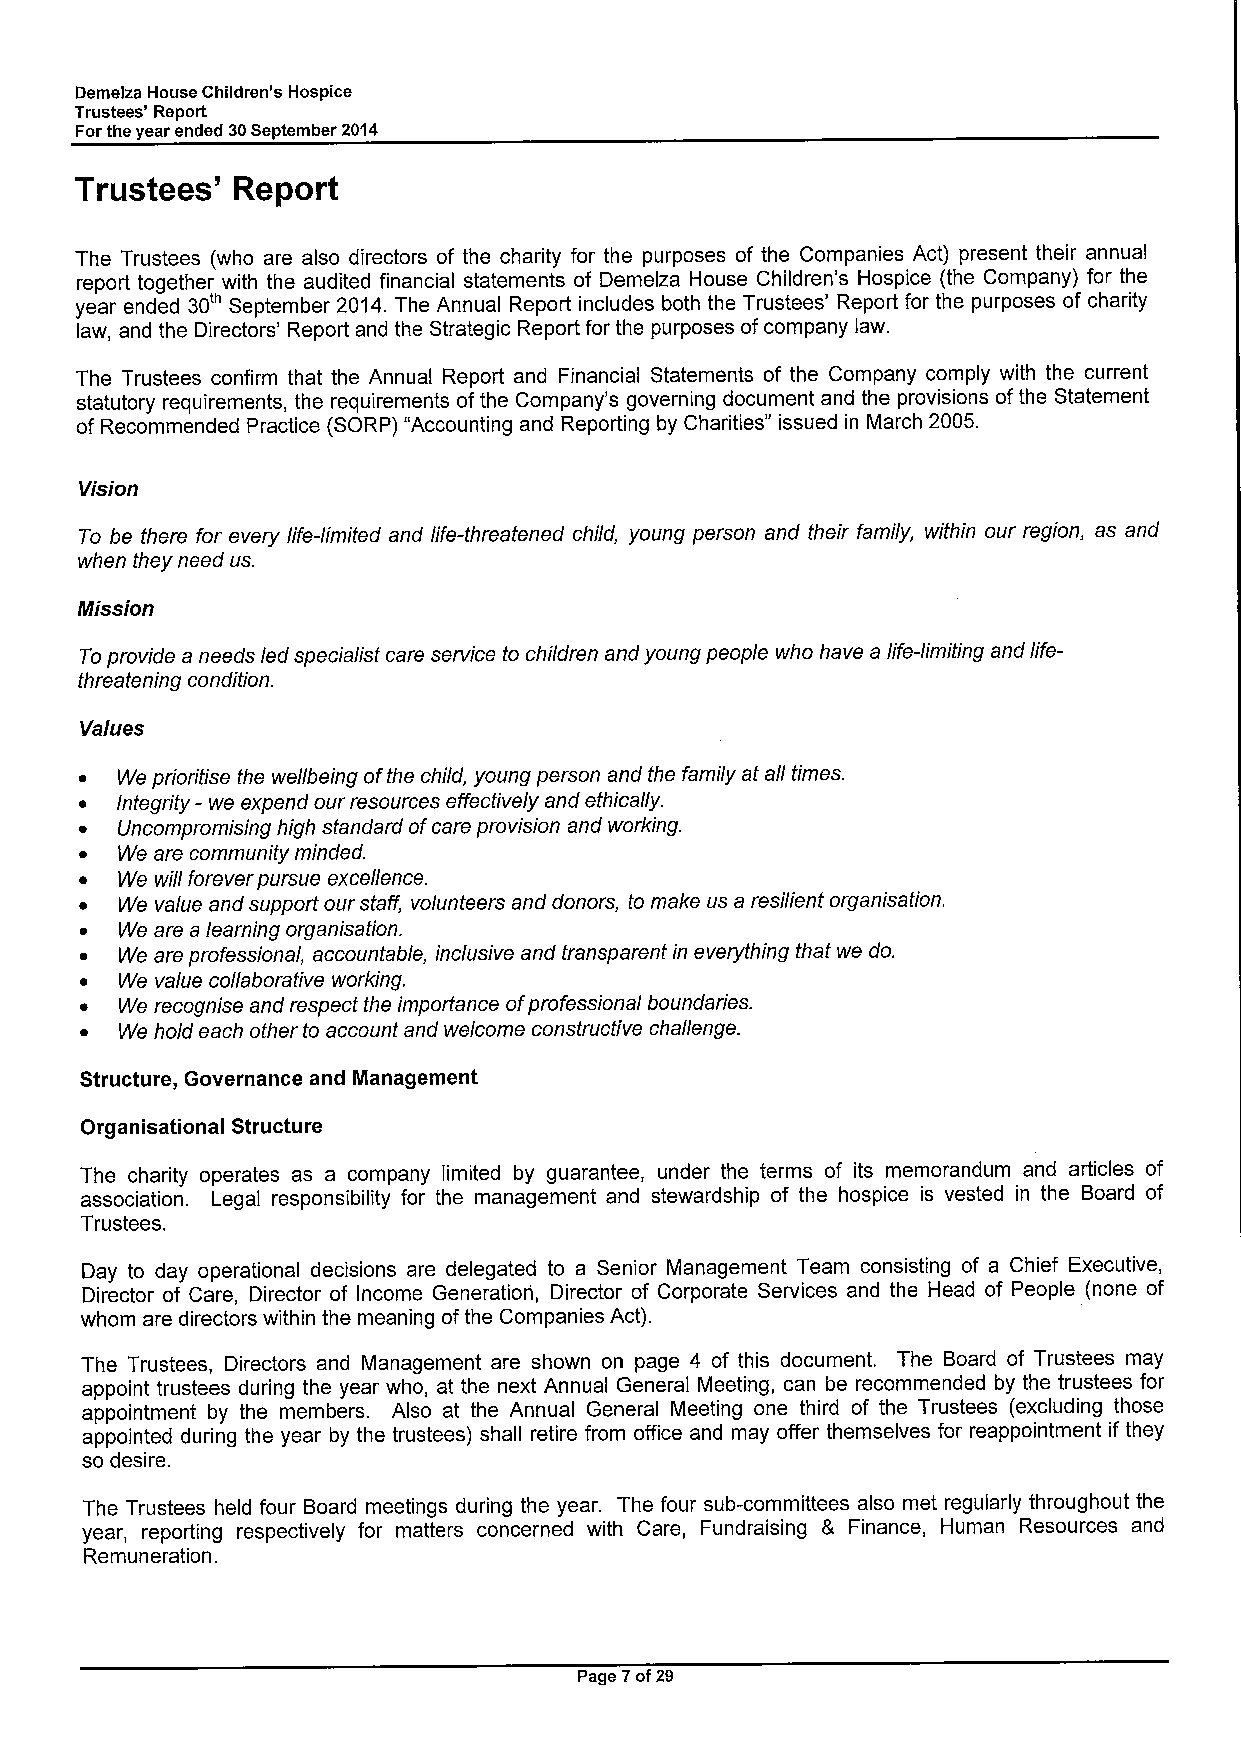
Demelza House Children's Hospice
 Trustees' Report
 Forthe year ended 30September 2014
 Trustees' Report
 The Trustees (who are also directors of the charity for the purposes of the Companies Act) present their annual
 report together with the audited financial statements of Demelza House Children's Hospice (the Company) for the
 year ended 30 September 2014.The Annual Report includes both the Trustees' Report for the purposes of charity
 law, and the Directors' Report and the Strategic Report for the purposes ofcompany law.
 The Trustees confirm that the Annual Report and Financial Statements of the Company comply with the current
 statutory requirements, the requirements ofthe Company's governing document and the provisions ofthe Statement
 of Recommended Practice (SORP) "Accounting and Reporting by Charities" issued in March 2005.
 Vision
 To be there for every life-limited and life-threatened child, young person and their family, within our region, as and
 when they need us.
 Mission
 Toprovide a needs led specialist care service to children and young people who have a life-limiting and life-
 threatening condition.
 Values
 ~  We prioritise the wellbeing ofthe child, young person and the family at all times.
 ~  Integrity —we expend our resources effectively and ethically.
 ~  Uncompromising high standard ofcare provision and working.
 ~  We are community minded.
 ~  We will forever pursue excellence.
 ~  We value and support our staff volunteers and donors, to make us a resilient organisation.
 ~  We are a learning organisation.
 ~  We are professional, accountable, inclusive and transparentin everything that we do.
 ~  We value collaborative working.
 ~  We recognise and respect the importance ofprofessional boundaries.
 ~  We hold each other to account and welcome constructive challenge.
 Structure, Governance and Management.
 Organlsational Structure
 The charity operates as a company limited by guarantee, under the terms of its memorandum and articles of
 association. Legal responsibility for the management and stewardship of the hospice is vested in the Board of
 Trustees.
 Day to day operational decisions are delegated to a Senior Management Team consisting of a Chief Executive,
 Director of Care, Director of Income Generation, Director of Corporate Services and the Head of People (none of
 whom are directors within the meaning ofthe Companies Act).
 The Trustees, Directors and Management are shown on page 4 of this document. The Board of Trustees may
 appoint trustees during the year who, at the next Annual General Meeting, can be recommended by the trustees for
 appointment by the members. Also at the Annual General Meeting one third of the Trustees (excluding those
 appointed during the year by the trustees) shall retire from office and may offer themselves for reappointment if they
 so desire.
 The Trustees held four Board meetings during the year. The four sub-committees also met regularly throughout the
 year, reporting respectively for matters concerned with Care, Fundraising 8 Finance, Human Resources and
 Remuneration.
 Page 7of29